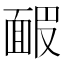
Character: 𩈝